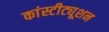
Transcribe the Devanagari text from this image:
कांस्टीट्यूशन